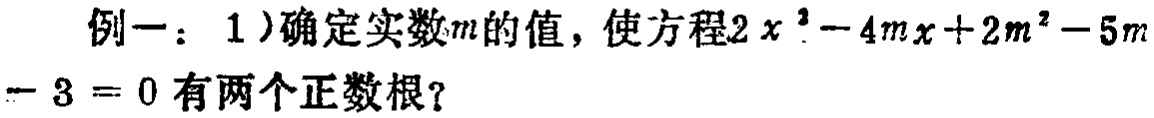
例一：1）确定实数\(m\)的值，使方程\(2x^{2}-4mx + 2m^{2}-5m - 3 = 0\)有两个正数根？